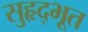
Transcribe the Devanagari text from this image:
सुहृद्भूत